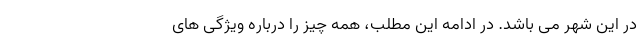
در این شهر می باشد. در ادامه این مطلب، همه چیز را درباره ویژگی های